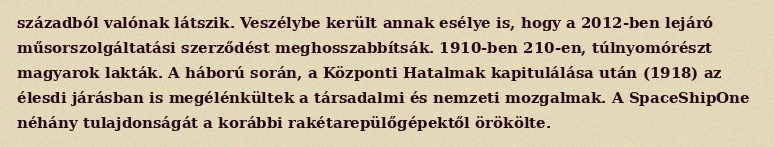
századból valónak látszik. Veszélybe került annak esélye is, hogy a 2012-ben lejáró műsorszolgáltatási szerződést meghosszabbítsák. 1910-ben 210-en, túlnyomórészt magyarok lakták. A háború során, a Központi Hatalmak kapitulálása után (1918) az élesdi járásban is megélénkültek a társadalmi és nemzeti mozgalmak. A SpaceShipOne néhány tulajdonságát a korábbi rakétarepülőgépektől örökölte.